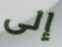
إلى